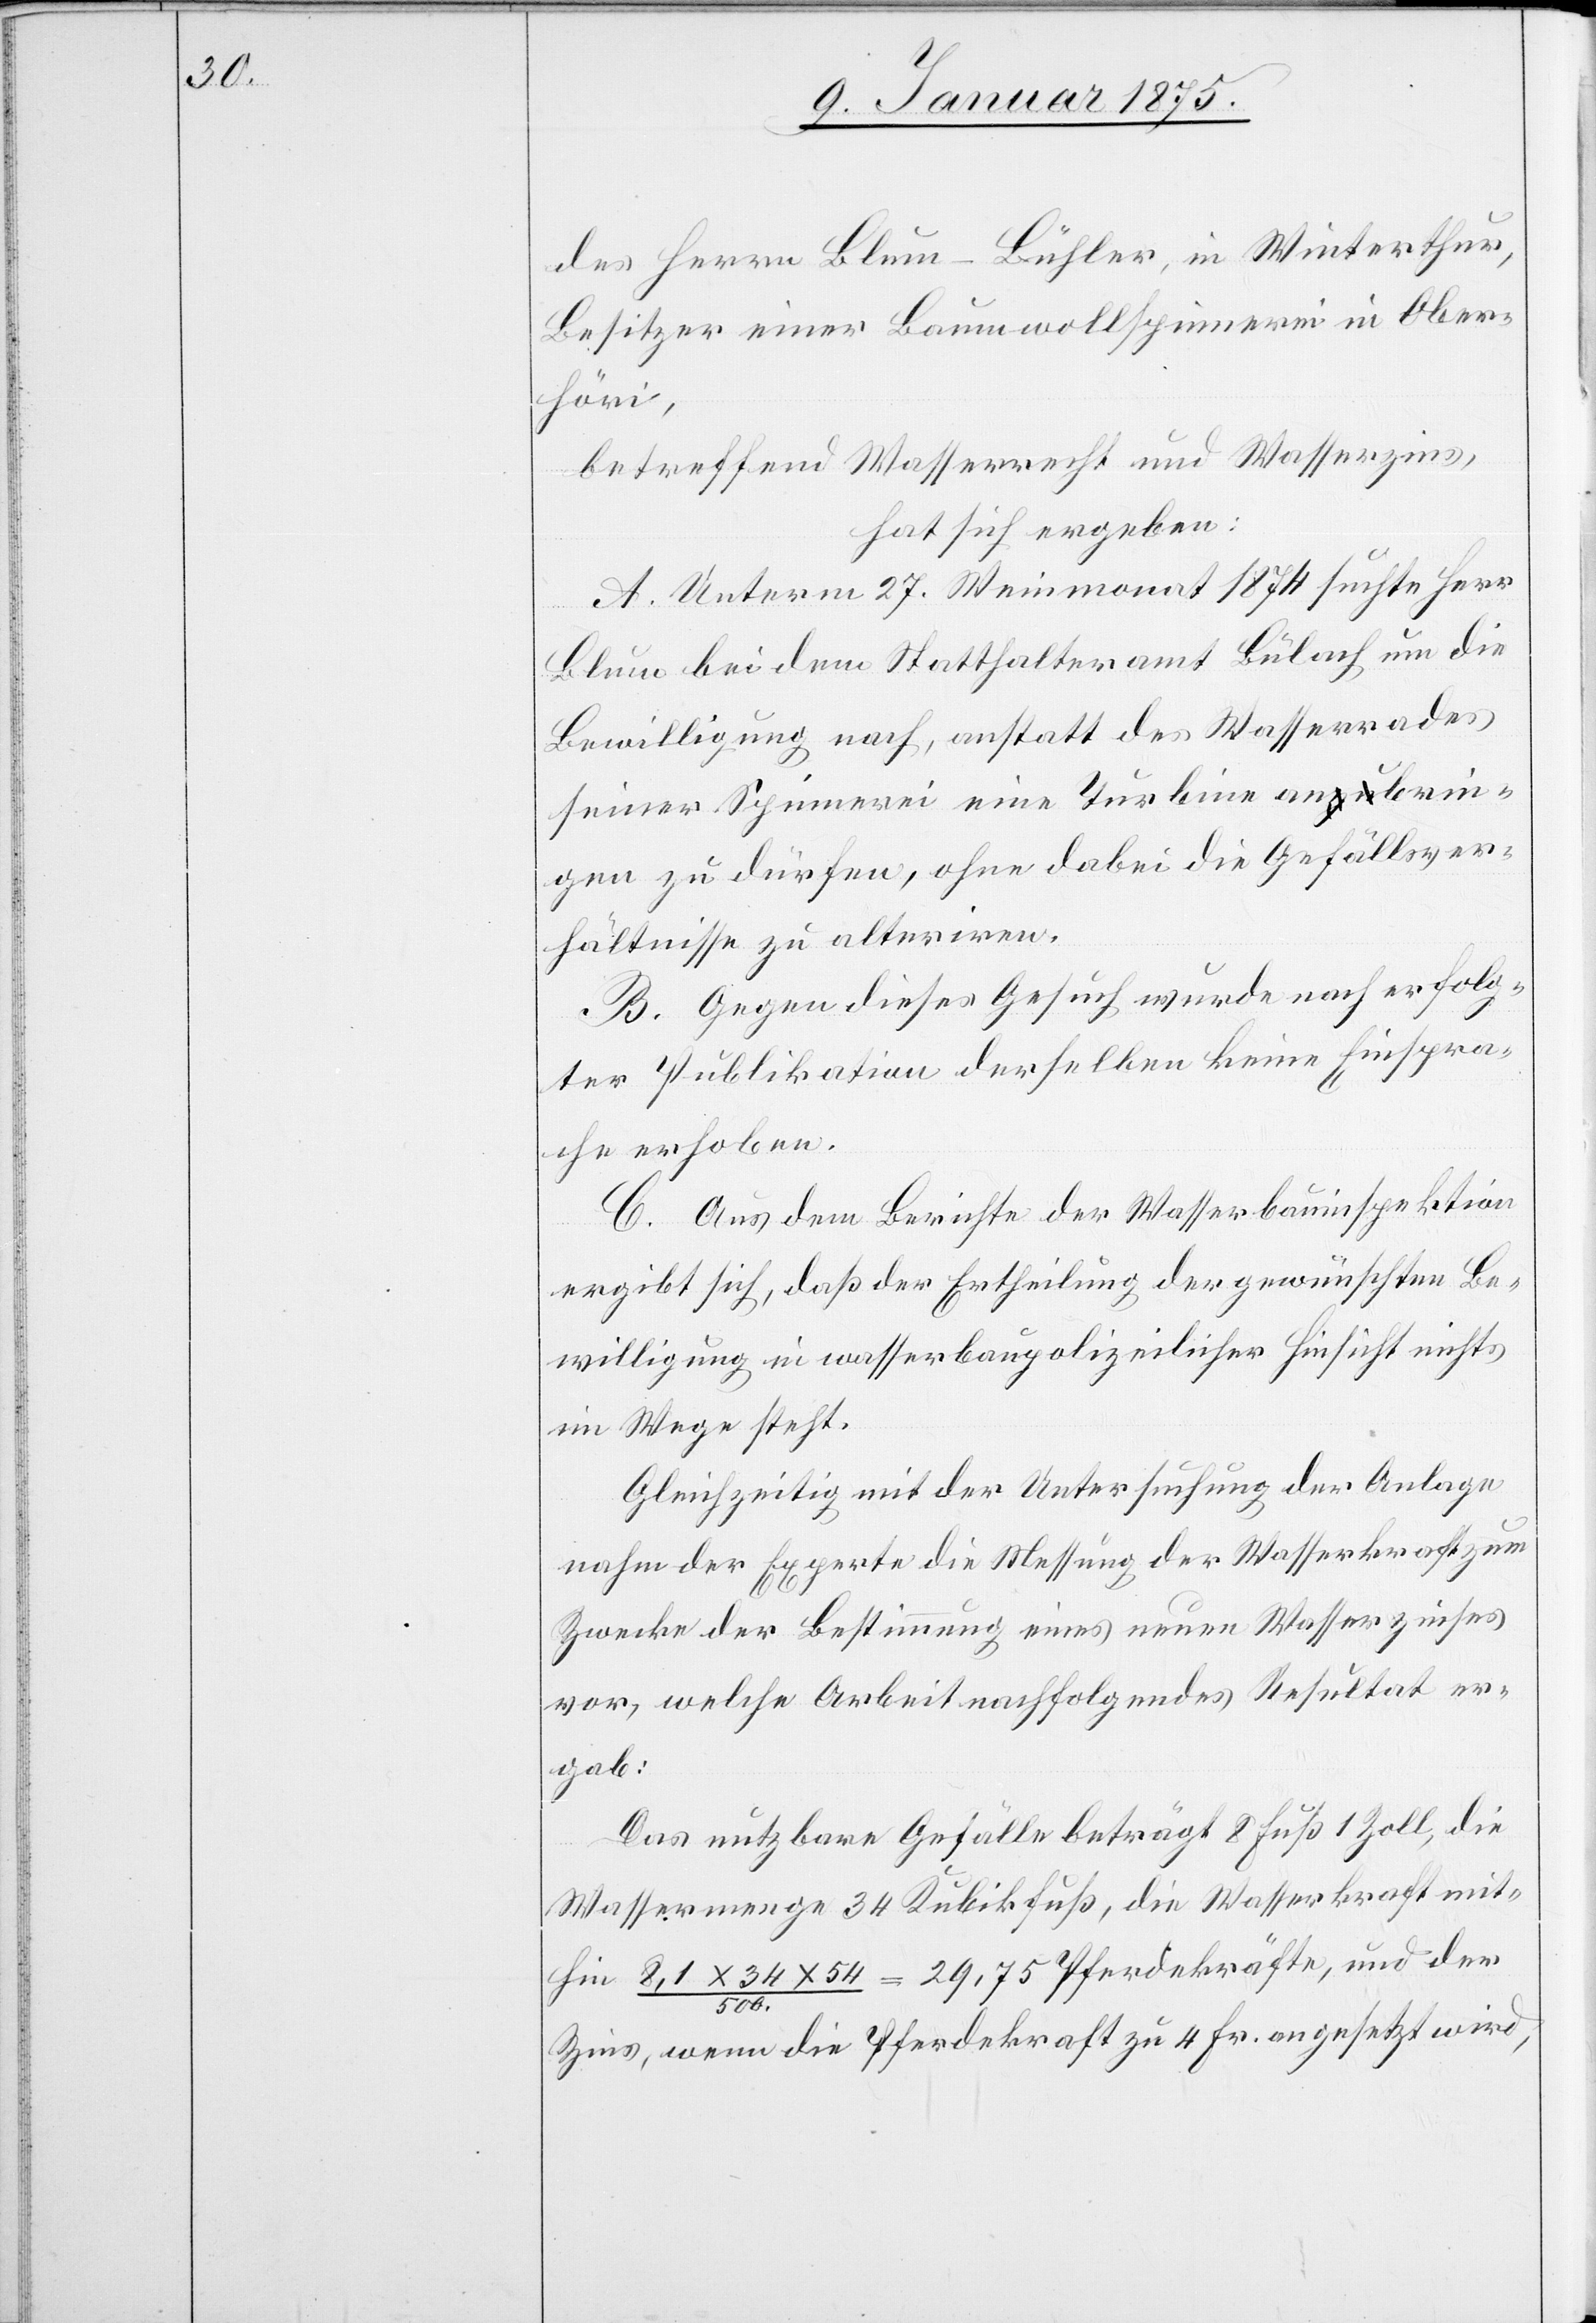
des Herrn Blum-Bühler, in Winterthur,
Besitzer einer Baumwollspinnerei in Ober¬
höri,
betreffend Wasserrecht und Wasserzins,
hat sich ergeben:
A. Unterm 27. Weinmonat 1874 suchte Herr
Blum bei dem Statthalteramt Bülach um die
Bewilligung nach, anstatt des Wasserrades
seiner Schreinerei eine Turbine anbrin¬
gen zu dürfen, ohne dabei die Gefällsver¬
hältnisse zu alteriren.
B. Gegen dieses Gesuch wurde nach erfolg¬
ter Publikation derselben keine Einspra¬
chen erhoben.
C. Aus dem Berichte der Wasserbauinspektion
ergibt sich, daß der Ertheilung der gewünschten Be¬
willigung in wasserbaupolizeilicher Hinsicht nichts
im Wege steht.
Gleichzeitig mit der Untersuchung der Anlage
nahm der Experte die Messung der Wasserkraft zum
Zwecke der Bestimmung eines neuen Wasserzinses
vor, welche Arbeit nachfolgendes Resultat er¬
gab:
Das nutzbare Gefälle beträgt 8 Fuß 1 Zoll, die
Wassermenge 34 Kubikfuß, die Wasserkraft mit¬
hin 8,1x34x54/500 = 29,75 Pferdekräfte, und der
Zins, wenn die Pferdekraft zu 4 Fr. angesetzt wird,